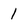
Character: 1